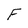
Character: F